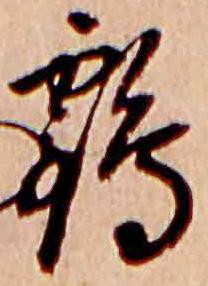
鶴